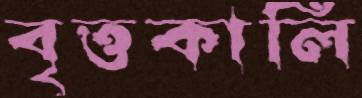
বৃত্তকালি